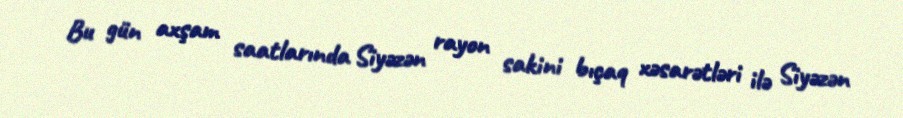
Bu gün axşam saatlarında Siyəzən rayon sakini bıçaq xəsarətləri ilə Siyəzən